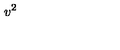
v ^ { 2 }